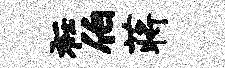
衽伯蒋